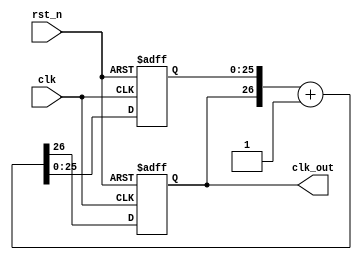
`timescale 1ns / 1ps
//////////////////////////////////////////////////////////////////////////////////
// Company: 
// Engineer: 
// 
// Design Name: 
// Module Name: freqdiv27
// Project Name: 
// Target Devices: 
// Tool Versions: 
// Description: 
// 
// Dependencies: 
// 
// Revision:
// Revision 0.01 - File Created
// Additional Comments:
// 
//////////////////////////////////////////////////////////////////////////////////
`define FREQ_DIV_BIT 27

module freqdiv27(
    clk_out, //divided clk output
    clk,
    rst_n
    );
    output clk_out;
    input clk;
    input rst_n;
    
    reg clk_out;
    reg [`FREQ_DIV_BIT-2:0]cnt;
    reg [`FREQ_DIV_BIT-1:0]cnt_tmp;
    //combinational
    always@*
        cnt_tmp = {clk_out, cnt} + 1'b1;
    //sequential
    always@(posedge clk or negedge rst_n)
    if (~rst_n)
        {clk_out, cnt} <= `FREQ_DIV_BIT'd0;
    else  {clk_out, cnt} <= cnt_tmp;
endmodule